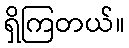
ရှိကြတယ်။